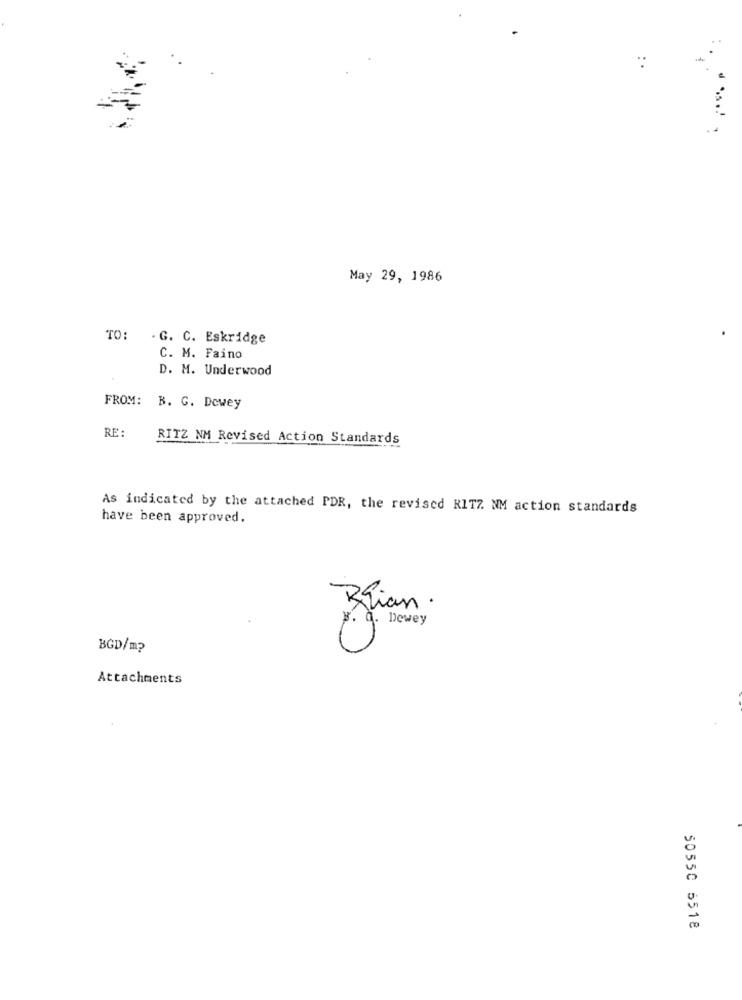
:
May 29, 1986
TO: - G. C. Eskridge
C. M. Faino
D. M. Underwood
FROM: B. G. Dewey
RE:
RITZ NM Revised Action Standards
As indicated by the attached PDR, the revised RITZ. NM action standards
have been approved.
Brian .
x. a. Dewey
BGD/m?
Attachments
50550 5518